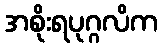
အစိုးရပုဂ္ဂလိက